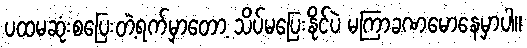
ပထမဆုံးစပြေးတဲ့ရက်မှာတော့ သိပ်မပြေးနိုင်ပဲ မကြာခဏမောနေမှာပါ။